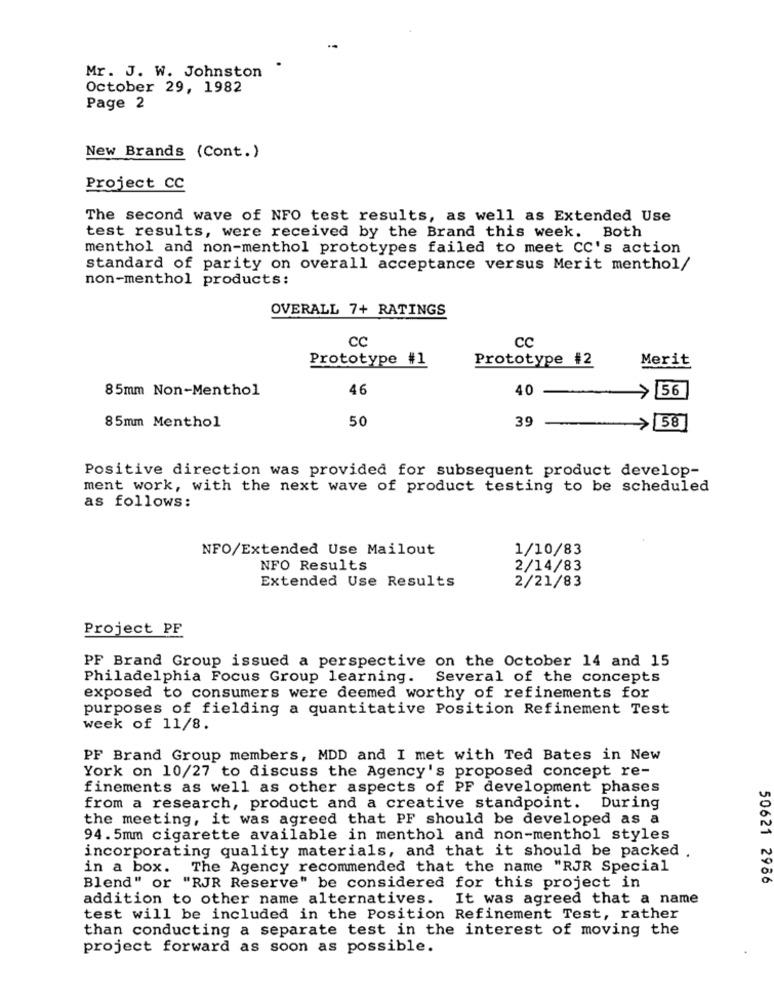
Mr. J. W. Johnston
October 29, 1982
Page 2
New Brands (Cont.)
Project CC
The second wave of NFO test results, as well as Extended Use
test results, were received by the Brand this week. Both
menthol and non-menthol prototypes failed to meet CC's action
standard of parity on overall acceptance versus Merit menthol/
non-menthol products:
OVERALL 7+ RATINGS
CC
CC
Prototype #1
Prototype #2
Merit
85mm Non-Menthol
46
40
56
-
50
39
> 58
85mm Menthol
-
Positive direction was provided for subsequent product develop-
ment work, with the next wave of product testing to be scheduled
as follows:
NFO/Extended Use Mailout
1/10/83
NFO Results
2/14/83
Extended Use Results
2/21/83
Project PF
PF Brand Group issued a perspective on the October 14 and 15
Philadelphia Focus Group learning. Several of the concepts
exposed to consumers were deemed worthy of refinements for
purposes of fielding a quantitative Position Refinement Test
week of 11/8.
PF Brand Group members, MDD and I met with Ted Bates in New
York on 10/27 to discuss the Agency's proposed concept re-
finements as well as other aspects of PF development phases
from a research, product and a creative standpoint. During
the meeting, it was agreed that PF should be developed as a
94.5mm cigarette available in menthol and non-menthol styles
incorporating quality materials, and that it should be packed .
in a box. The Agency recommended that the name "RJR Special
50621 2966
Blend" or "RJR Reserve" be considered for this project in
addition to other name alternatives. It was agreed that a name
test will be included in the Position Refinement Test, rather
than conducting a separate test in the interest of moving the
project forward as soon as possible.